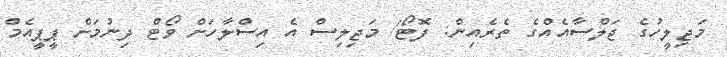
މަޖިލީހުގެ ޖަލްސާއެއްގެ ތެރެއިން: ފޮޓޯ/ މަޖިލިސް އެ އިސްލާހަށް ވޯޓް ދިނުމަށް ޕީޕީއެމް